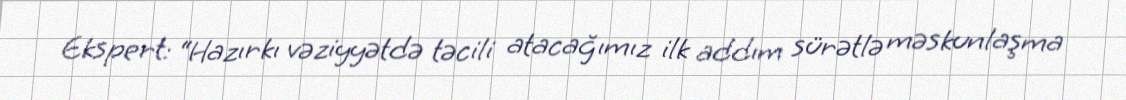
Ekspert: “Hazırkı vəziyyətdə təcili atacağımız ilk addım sürətlə məskunlaşma